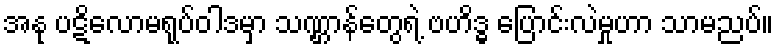
အနု ပဋိလောမရုပ်ဝါဒမှာ သဏ္ဌာန်တွေရဲ့ ဗဟိဒ္ဓ ပြောင်းလဲမှုဟာ သာမညပ်။